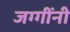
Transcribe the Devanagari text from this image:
जग्गींनी